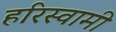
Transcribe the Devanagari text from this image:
हरिस्वामी